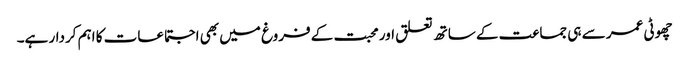
چھوٹی عمر سے ہی جماعت کے ساتھ تعلق اور محبت کے فروغ میں بھی اجتماعات کا اہم کردار ہے۔